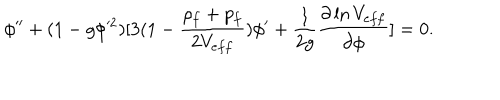
\phi ^ { \prime \prime } + ( 1 - g \phi ^ { 2 } ) [ 3 ( 1 - { \frac { \rho _ { f } + p _ { f } } { 2 V _ { e f f } } } ) \phi ^ { \prime } + { \frac { 1 } { 2 g } } { \frac { \partial \ln V _ { e f f } } { \partial \phi } } ] = 0 .